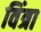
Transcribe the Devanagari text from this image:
विंत्रा